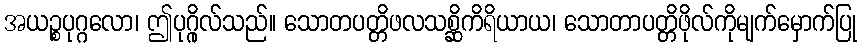
အယဉ္စပုဂ္ဂလော၊ ဤပုဂ္ဂိုလ်သည်။ သောတပတ္တိဖလသစ္ဆိကိရိယာယ၊ သောတာပတ္တိဖိုလ်ကိုမျက်မှောက်ပြု